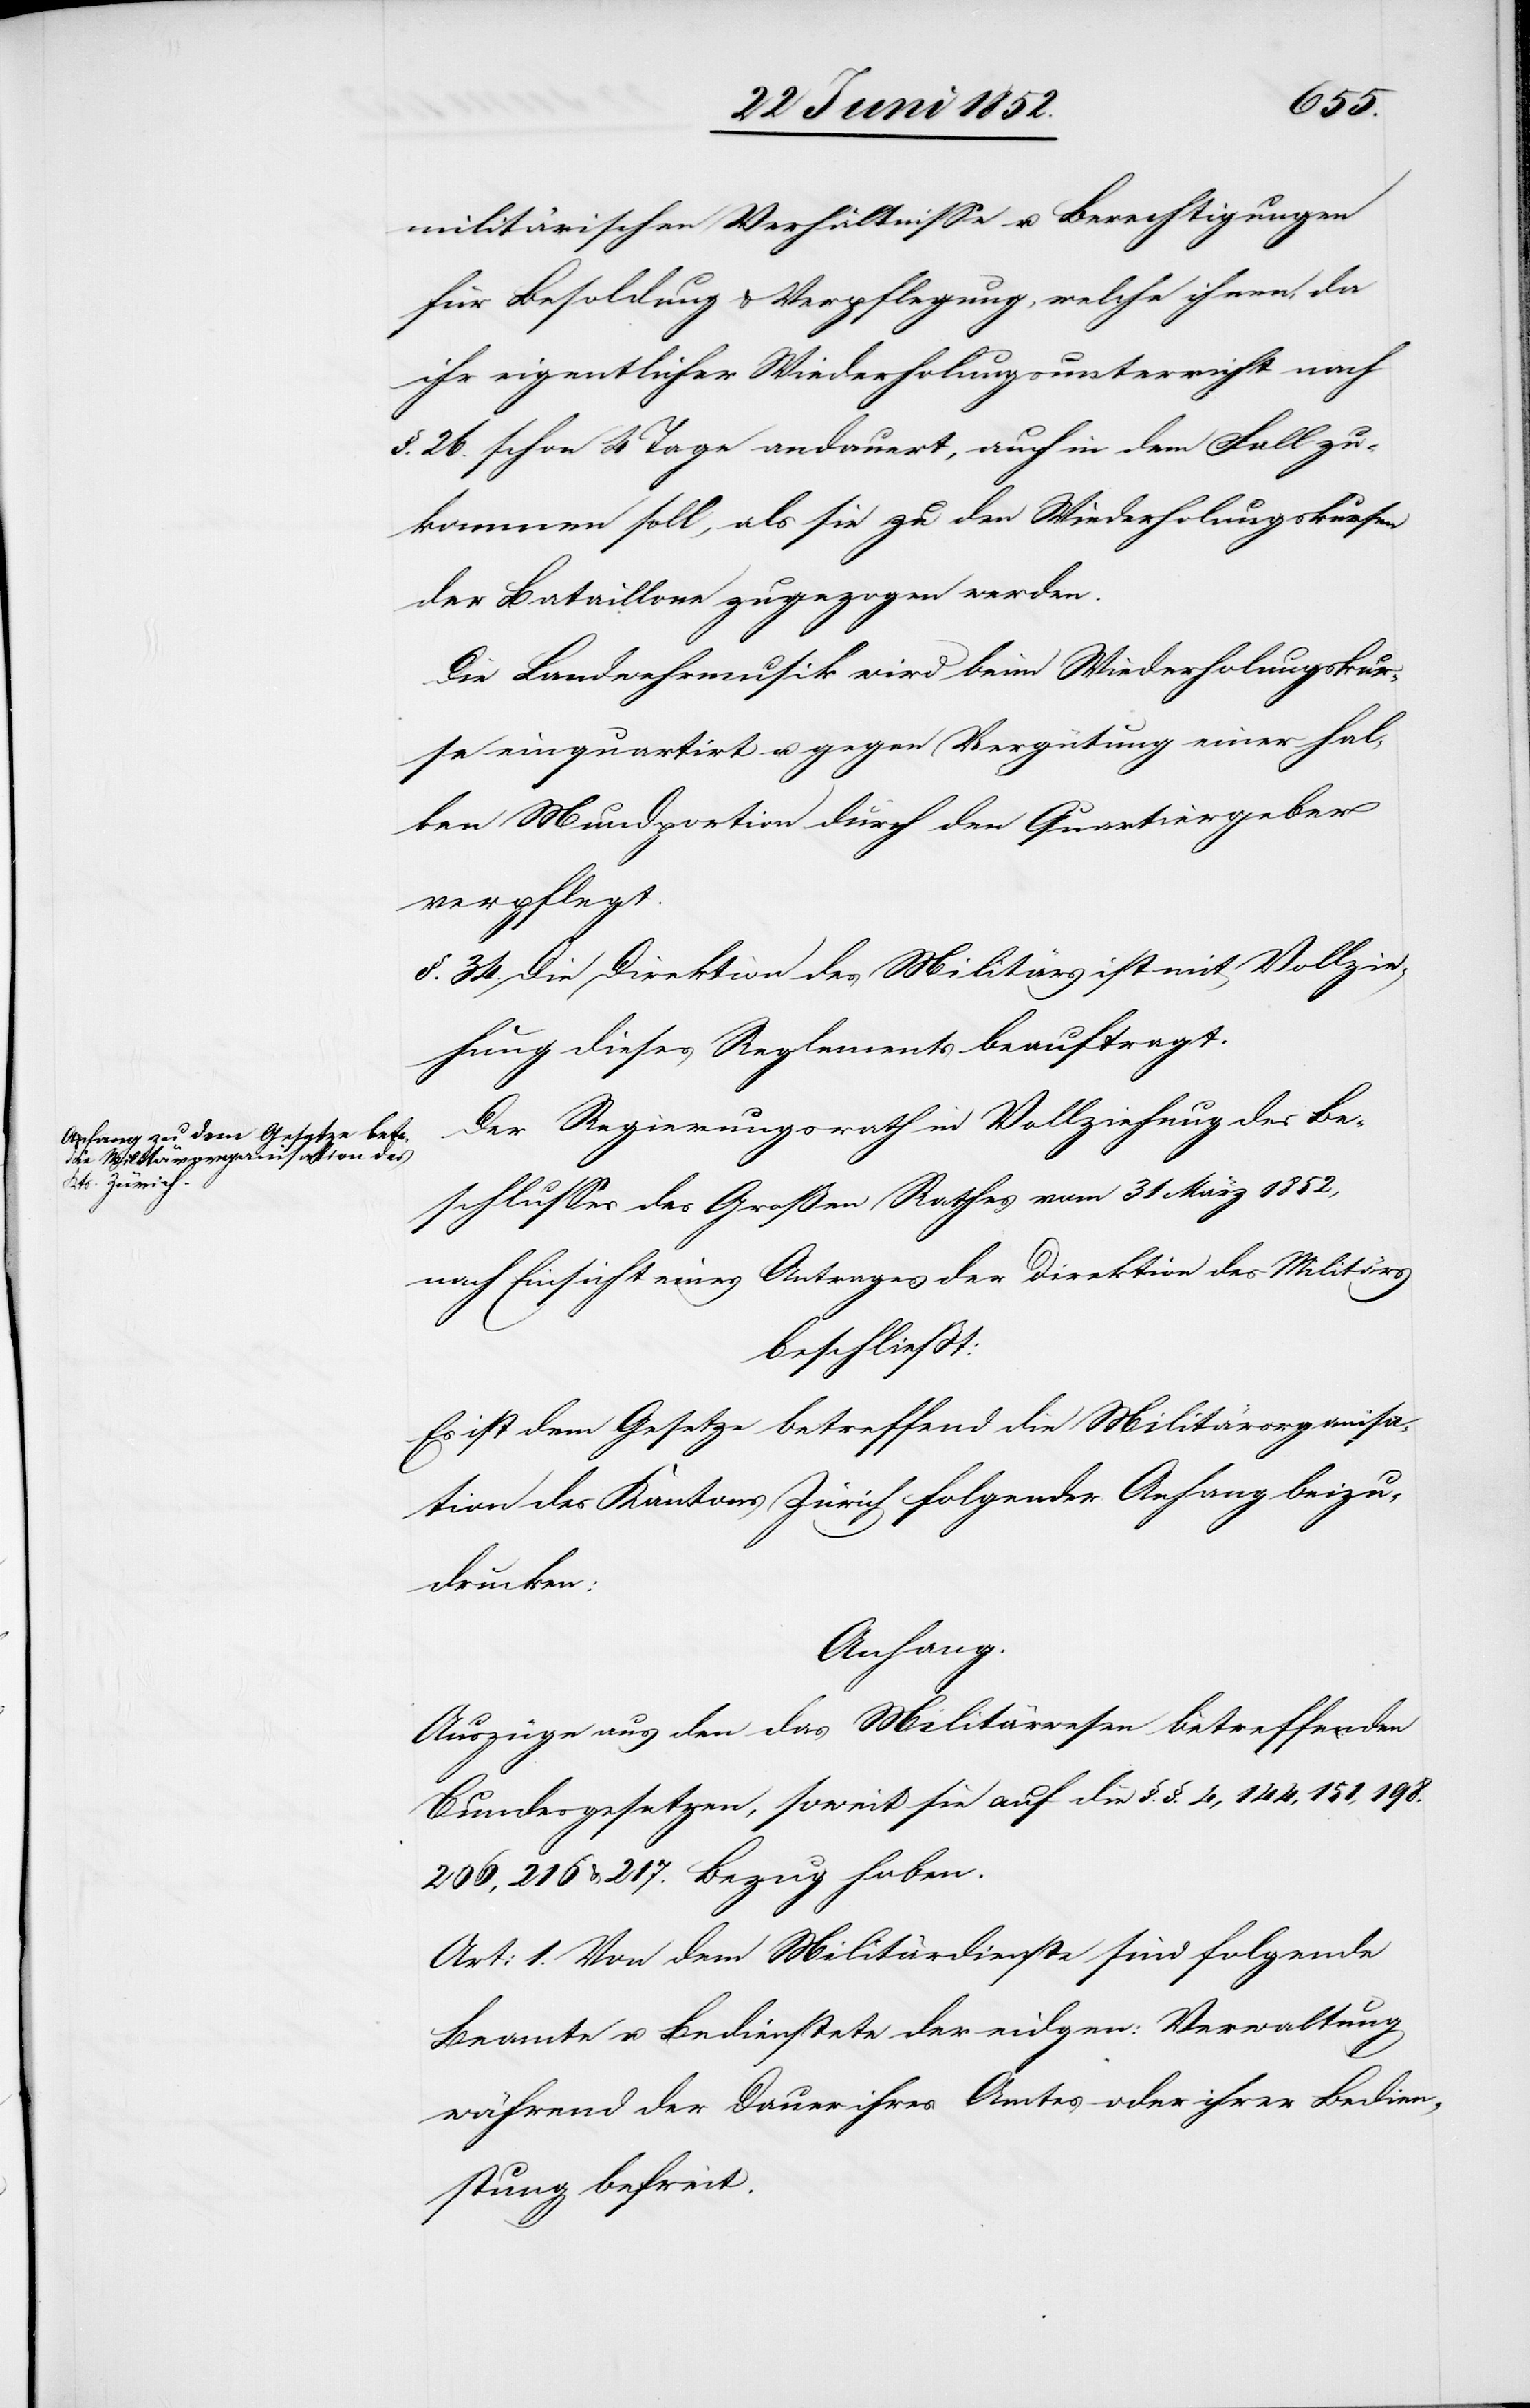
militärischen Verhältnisse u. Berechtigungen
für Besoldung & Verpflegung, welche ihnen, da
ihr eigentlicher Wiederholungsunterricht nach
§. 26. schon 4 Tage andauert, auch in dem Fall zu¬
kommen soll, als sie zu den Wiederholungskursen
der Bataillone zugezogen werden.
Die Landwehrmusik wird beim Wiederholungskur¬
se einquartirt u. gegen Vergütung einer hal¬
ben Mundportion durch den Quartiergeber
verpflegt.
§. 34. Die Direktion des Militärs ist mit Vollzie¬
hung dieses Reglements beauftragt.
Der Regierungsrath in Vollziehung des Be¬
schlusses des Großen Rathes vom 31 März 1852,
nach Einsicht eines Antrages der Direktion des Militärs
beschliesst:
Es ist dem Gesetze betreffend die Militärorganisa¬
tion des Kantons Zürich folgender Anhang beizu¬
drucken:
Anhang.
Auszüge aus den das Militärwesen betreffenden
Bundesgesetzen, soweit sie auf die §.§. 4, 144, 151, 198.[,]
206, 216 & 217. Bezug haben.
Art: 1. Von dem Militärdienste sind folgende
Beamte u. Bedienstete der eidgen: Verwaltung
während der Dauer ihres Amtes oder ihrer Bedien¬
stung befreit.